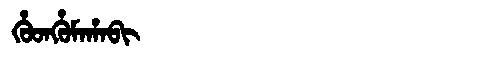
Manchu: ᡥᡠᡨᡥᡠᠮᠠᡥᠠᠪᡳ
Romanization: HUTHUMAHABI